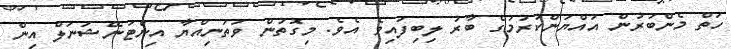
ހަތް މެންބަރުން އައްޔަންކުރުމުގެ ބާރު ލިބިފައިވެ އެވެ. މިގޮތުން ވަތަނިއްޔާ އިންޓަނޭޝަނަލް އިން